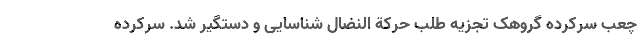
چعب سرکرده گروهک تجزیه طلب حرکة النضال شناسایی و دستگیر شد. سرکرده